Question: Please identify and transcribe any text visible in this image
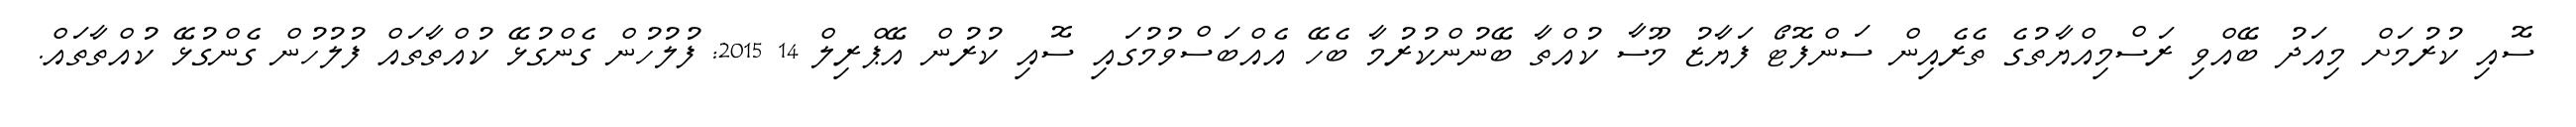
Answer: ސޮއި ކުރުމަށް މިއަދު ބޭއްވި ރަސްމިއްޔާތުގެ ތެރެއިން ސަންފޮޓޯ ފަޔާޒު މޫސާ ކުއްތާ ބޭނުންކުރުމާ ބެހޭ އެއްބަސްވުމުގައި ސޮއި ކުރުން އޭޕްރިލް 14 2015: ފުލުހުން ގެންގުޅޭ ކުއްތާތައް ފުލުހުން ގެންގުޅޭ ކުއްތާތައް.